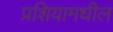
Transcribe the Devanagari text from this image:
प्रशियामधील